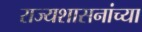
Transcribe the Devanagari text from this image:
राज्यशासनांच्या